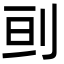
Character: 刯